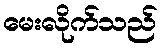
မေးလိုက်သည်